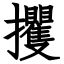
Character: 攫